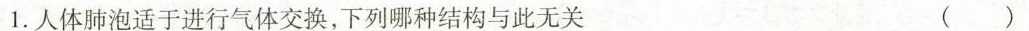
1.人体肺泡适于进行气体交换，下列哪种结构与此无关 ( )